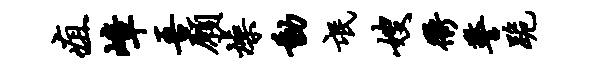
疽嶂吾愿燥动氓嫂衢警跪